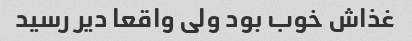
غذاش خوب بود ولی واقعا دیر رسید